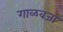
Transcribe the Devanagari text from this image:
गाळवजा